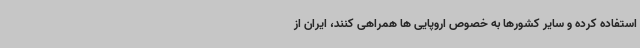
استفاده کرده و سایر کشورها به خصوص اروپایی ها همراهی کنند، ایران از